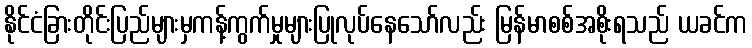
နိုင်ငံခြားတိုင်းပြည်များမှကန့်ကွက်မှုများပြုလုပ်နေသော်လည်း မြန်မာစစ်အစိုးရသည် ယခင်က